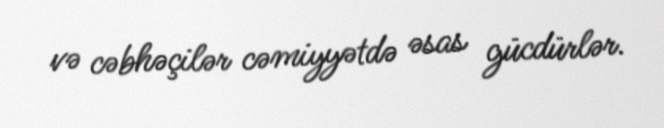
və cəbhəçilər cəmiyyətdə əsas gücdürlər.